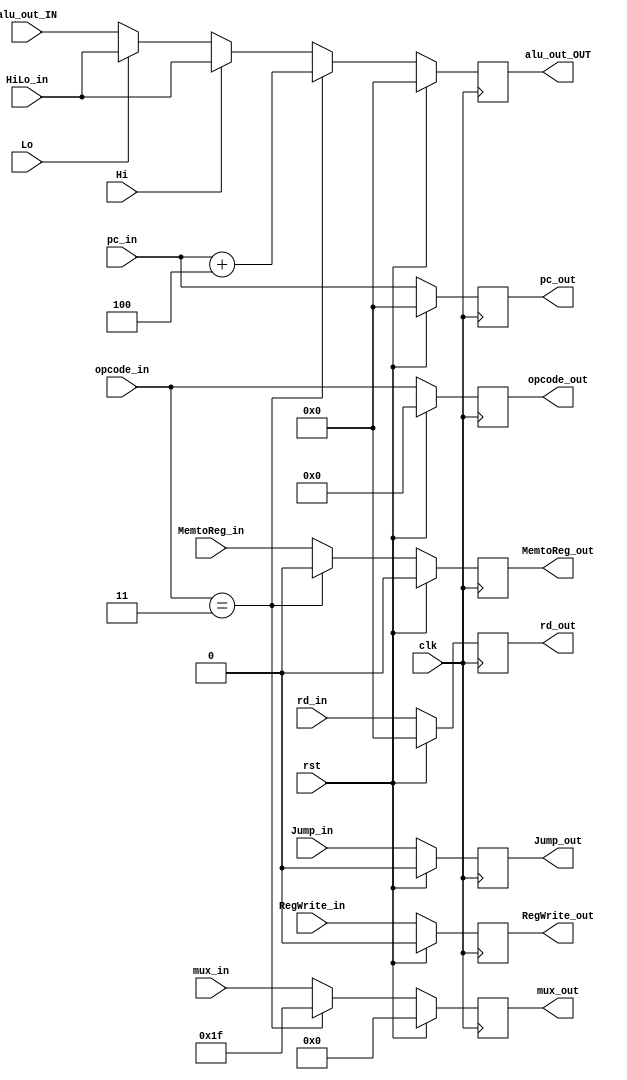
module FromMEMTOWB( clk, rst, 
					mux_in, opcode_in, pc_in, rd_in, alu_out_IN, RegWrite_in, MemtoReg_in, Jump_in, Hi, Lo, HiLo_in, 
					mux_out, opcode_out, pc_out,  rd_out, alu_out_OUT, RegWrite_out, MemtoReg_out, Jump_out );
					
					
					

	input clk, rst, Hi, Lo;
	input [4:0] mux_in;
	input [5:0] opcode_in;
	input [31:0] pc_in, rd_in, alu_out_IN, HiLo_in;
	input RegWrite_in, MemtoReg_in, Jump_in;
	
	output [4:0] mux_out;
	output [5:0] opcode_out;
	output [31:0] pc_out, rd_out, alu_out_OUT;
	output RegWrite_out, MemtoReg_out, Jump_out;
	
	reg [4:0] mux_out;
	reg [5:0] opcode_out;
	reg [31:0] pc_out, rd_out, alu_out_OUT;
	reg RegWrite_out, MemtoReg_out, Jump_out;
	
	always @(posedge clk) begin
	#10;
		if (rst) begin
			mux_out<= 5'b0;	
			opcode_out <= 6'b0;	
			pc_out <= 32'b0;
			rd_out <= 32'b0;
			alu_out_OUT <= 32'b0;	
			
			RegWrite_out <= 1'b0;
			MemtoReg_out <= 1'b0;
			Jump_out <= 1'b0;
		end
		
		else if ( opcode_in == 6'd3 ) begin
		    mux_out <= 5'd31;
			opcode_out <= opcode_in;			
			pc_out <= pc_in;
			rd_out <= rd_in;
			alu_out_OUT <= pc_in + 32'd4;
			
			RegWrite_out <= RegWrite_in;
			MemtoReg_out <= 1'b0;
			Jump_out <= Jump_in;
		end
		
		else if ( Hi == 1'b1 ) begin
		    mux_out <= mux_in;
			opcode_out <= opcode_in;			
			pc_out <= pc_in;
			rd_out <= rd_in;
			alu_out_OUT <= HiLo_in;
			
			RegWrite_out <= RegWrite_in;
			MemtoReg_out <= MemtoReg_in;
			Jump_out <= Jump_in;
		end
		
		else if ( Lo == 1'b1 ) begin
		    mux_out <= mux_in;
			opcode_out <= opcode_in;			
			pc_out <= pc_in;
			rd_out <= rd_in;
			alu_out_OUT <= HiLo_in;
			
			RegWrite_out <= RegWrite_in;
			MemtoReg_out <= MemtoReg_in;
			Jump_out <= Jump_in;
		end
		
		else begin
			mux_out <= mux_in;
			opcode_out <= opcode_in;			
			pc_out <= pc_in;
			rd_out <= rd_in;
			alu_out_OUT <= alu_out_IN;
			
			RegWrite_out <= RegWrite_in;
			MemtoReg_out <= MemtoReg_in;
			Jump_out <= Jump_in;
		end
	end
	
endmodule